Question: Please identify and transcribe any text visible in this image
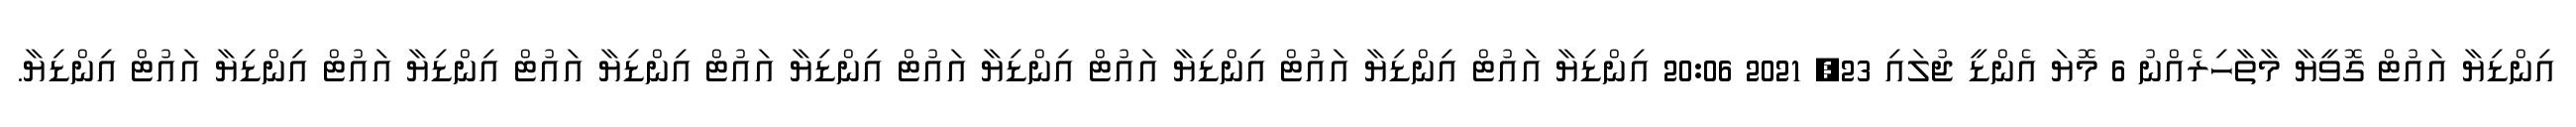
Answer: އިންޑިޔާ އައުޓް ގޮވީޔާ މާތާހިރެއްނު 6 މޮޔަ އެންޑީ ޖުލައި 23, 2021 20:06 އިންޑިޔާ އައުޓް އިންޑިޔާ އައުޓް އިންޑިޔާ އައުޓް އިންޑިޔާ އައުޓް އިންޑިޔާ އައުޓް އިންޑިޔާ އައުޓް އިންޑިޔާ އައުޓް އިންޑިޔާ އައުޓް އިންޑިޔާ.